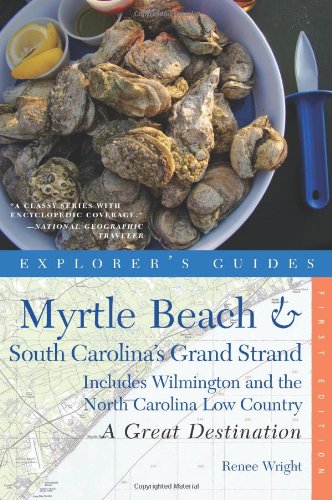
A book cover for Explorer's Guide Myrtle Beach & South Carolina's Grand Strand: A Great Destination: Includes Wilmington and the North Carolina Low Country (Explorer's Great Destinations); Renee Wright; Travel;